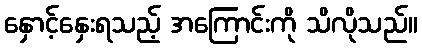
နှောင့်နှေးရသည့် အကြောင်းကို သိလိုသည်။